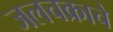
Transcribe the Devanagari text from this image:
जलचक्राचे